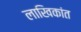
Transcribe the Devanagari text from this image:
लाखिकांत